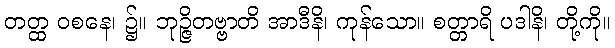
တတ္ထ ဝစနေ၊ ၌။ ဘုဉ္ဇိတဗ္ဗာတိ အာဒီနိ၊ ကုန်သော။ စတ္တာရိ ပဒါနိ၊ တို့ကို။